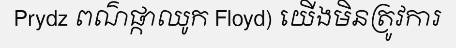
Prydz ពណ៌ផ្កាឈូក Floyd) យើងមិនត្រូវការ